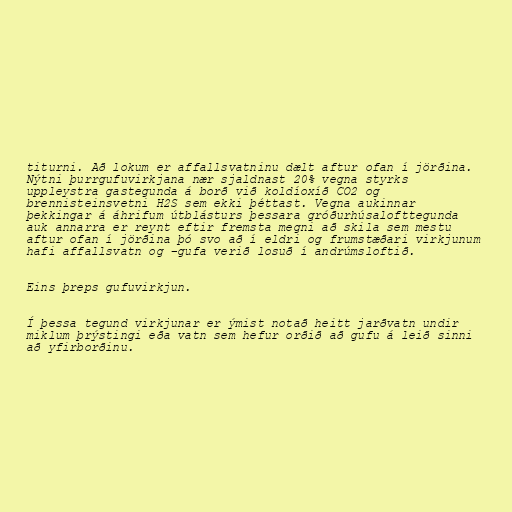
titurni. Að lokum er affallsvatninu dælt aftur ofan í jörðina.
Nýtni þurrgufuvirkjana nær sjaldnast 20% vegna styrks
uppleystra gastegunda á borð við koldíoxíð CO2 og
brennisteinsvetni H2S sem ekki þéttast. Vegna aukinnar
þekkingar á áhrifum útblásturs þessara gróðurhúsalofttegunda
auk annarra er reynt eftir fremsta megni að skila sem mestu
aftur ofan í jörðina þó svo að í eldri og frumstæðari virkjunum
hafi affallsvatn og –gufa verið losuð í andrúmsloftið.

Eins þreps gufuvirkjun.

Í þessa tegund virkjunar er ýmist notað heitt jarðvatn undir
miklum þrýstingi eða vatn sem hefur orðið að gufu á leið sinni
að yfirborðinu.